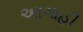
અાગાહી